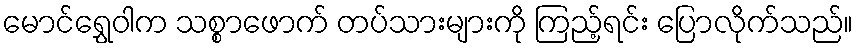
မောင်ရွှေဝါက သစ္စာဖောက် တပ်သားများကို ကြည့်ရင်း ပြောလိုက်သည်။